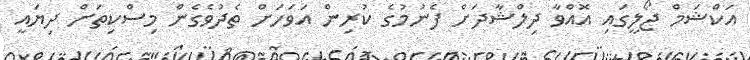
އަކްޝަމް ޖޯލީގައި އޮއްވާ ދިލްޝާދަށް ފެނުމުގެ ކުރިން އަވަހަށް ތެދުވެގެން މިސްކިތަށް ދިޔައީ